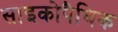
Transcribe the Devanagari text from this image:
साइकोपैथिक